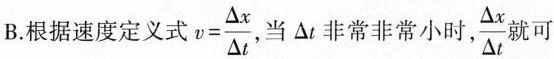
B.根据速度定义式 $$v = \frac { △ x } { △ t }$$ 当△t非常非常小时 \frac{△x}{△t}就可